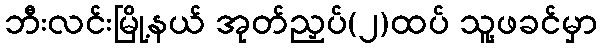
ဘီးလင်းမြို့နယ် အုတ်ညှပ်(၂)ထပ် သူ့ဖခင်မှာ